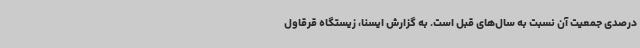
درصدی جمعیت آن نسبت به سال‌های قبل است. به گزارش ایسنا، زیستگاه قرقاول